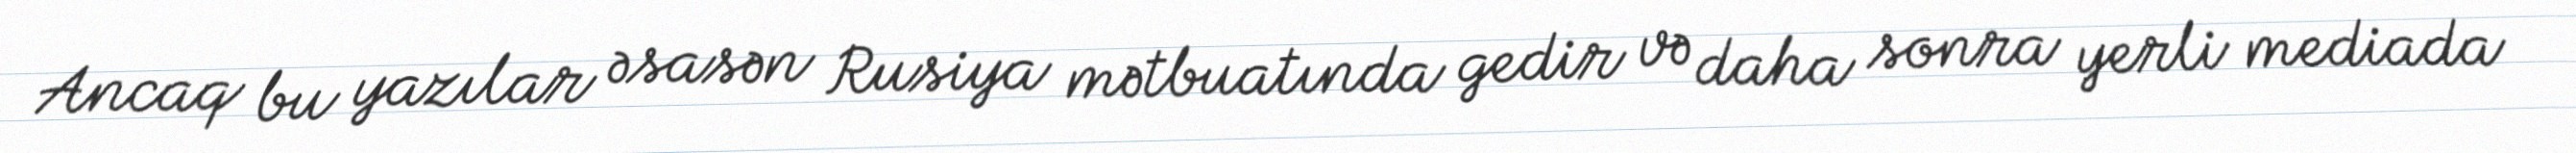
Ancaq bu yazılar əsasən Rusiya mətbuatında gedir və daha sonra yerli mediada